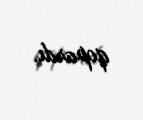
qopardı.